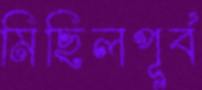
মিছিলপূর্ব